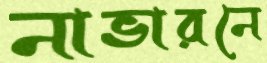
নাভারনে